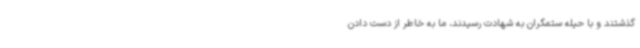
گذشتند و با حیله ستمگران به شهادت رسیدند، ما به خاطر از دست دادن